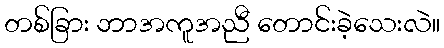
တစ်ခြား ဘာအကူအညီ တောင်းခဲ့သေးလဲ။